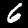
Digit: 6